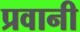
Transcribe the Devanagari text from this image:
प्रवानी